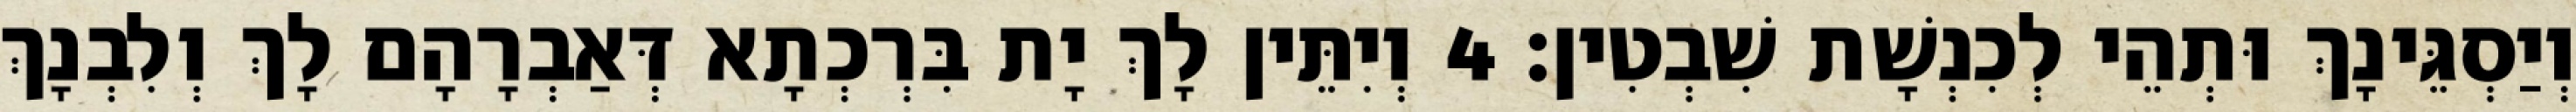
וְיַסְגֵּינָךְ וּתְהֵי לְכִנְשָׁת שִׁבְטִין׃ 4 וְיִתֵּין לָךְ יָת בִּרְכְתָא דְּאַבְרָהָם לָךְ וְלִבְנָךְ